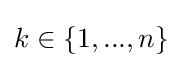
k\in \{1,...,n\}